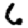
Digit: 6